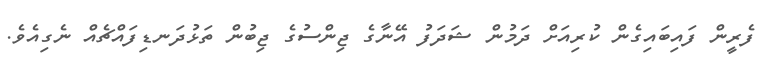
ފެރީން ފައިބައިގެން ކުރިއަށް ދަމުން ޝަދަފު އޭނާގެ ޖިންސުގެ ޖިބުން ތަޅުދަނޑިފައްޗެއް ނެގިއެވެ.